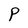
Character: P